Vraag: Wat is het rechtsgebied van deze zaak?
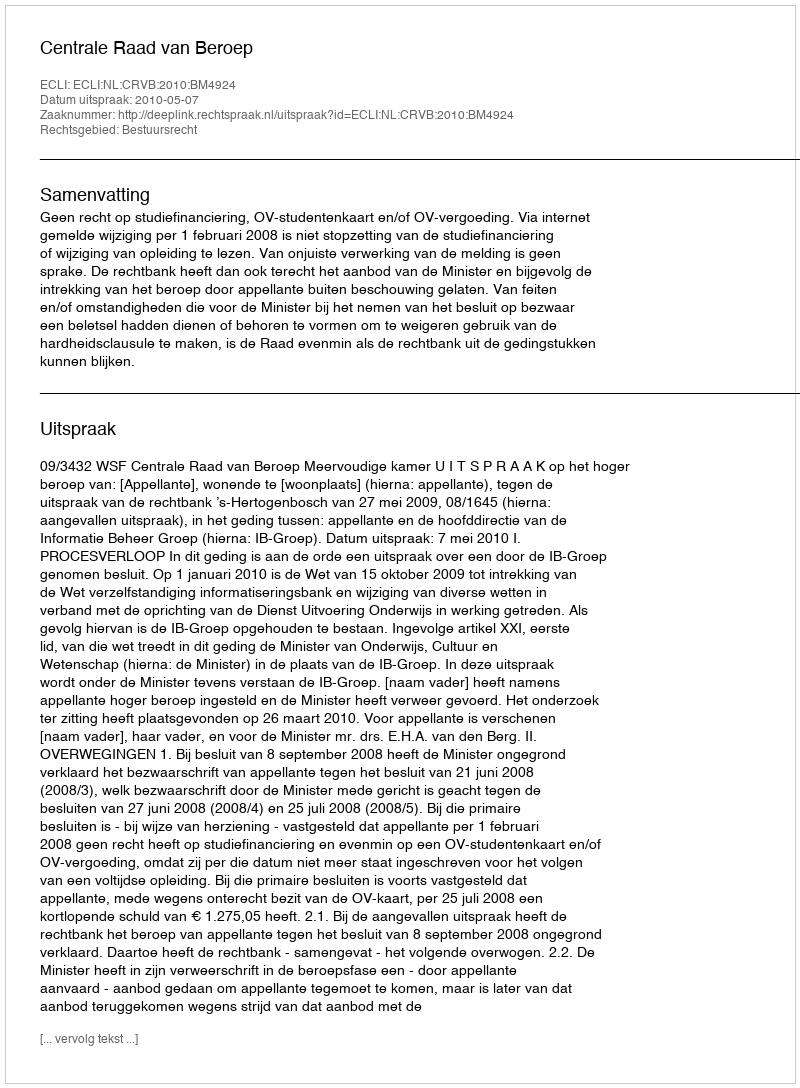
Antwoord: Bestuursrecht